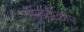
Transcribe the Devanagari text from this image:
साइटोंक्रोम